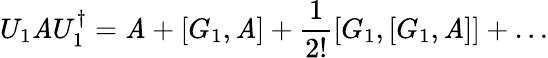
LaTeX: U_{1}\mathit{A}U_{1}^{\dagger}=\mathit{A}+[G_{1},\mathit{A}]+\frac{{1}}{{2!}}[G_{1},[G_{1},\mathit{A}]]+\ldots